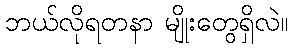
ဘယ်လိုရတနာ မျိုးတွေရှိလဲ။